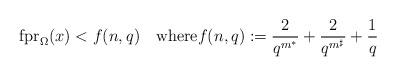
LaTeX: \begin{align*} \mathrm{fpr}_\Omega(x)< f(n,q)\quad\textrm{where}f(n,q):=\frac{2}{q^{m^*}}+\frac{2}{q^{m^\sharp}}+\frac{1}{q}\end{align*}